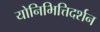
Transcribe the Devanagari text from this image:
योनिभित्तिदर्शन